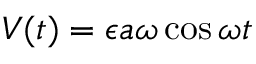
V ( t ) = \epsilon a \omega \cos \omega t